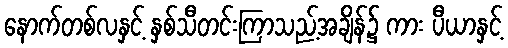
နောက်တစ်လနှင့် နှစ်သီတင်းကြာသည့်အချိန်၌ ကား ပီယာနှင့်